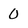
Character: O